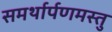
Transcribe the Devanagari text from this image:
समर्थार्पणमस्तु